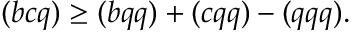
( b c q ) \ge ( b q q ) + ( c q q ) - ( q q q ) .